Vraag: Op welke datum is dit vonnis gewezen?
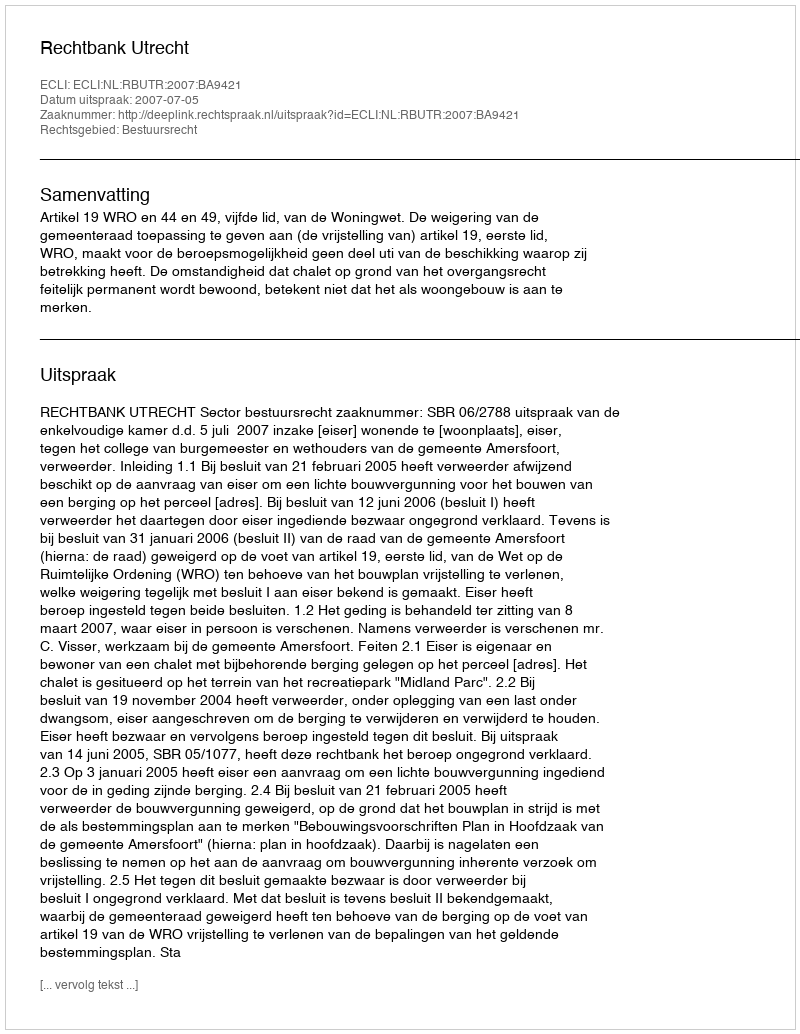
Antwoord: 2007-07-05